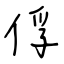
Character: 俘